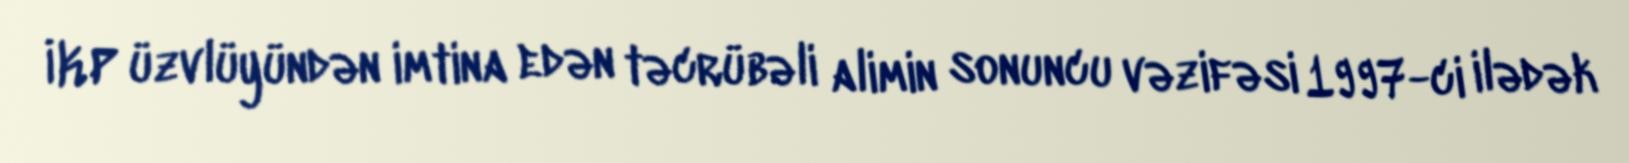
İKP üzvlüyündən imtina edən təcrübəli alimin sonuncu vəzifəsi 1997-ci ilədək